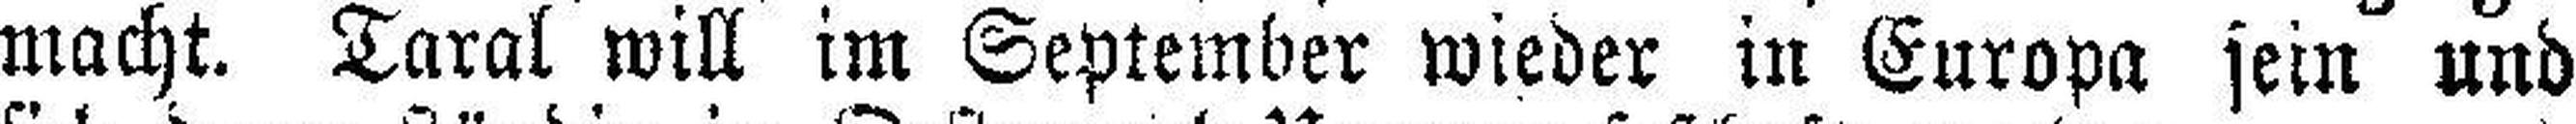
macht. Taral will im September wieder in Europa sein und